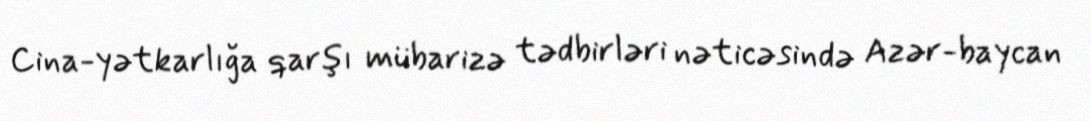
Cina­yətkarlığa qarşı mübarizə tədbirləri nəticəsində Azər­baycan